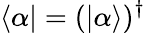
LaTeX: \langle\alpha|=(|\alpha\rangle)^{\dagger}